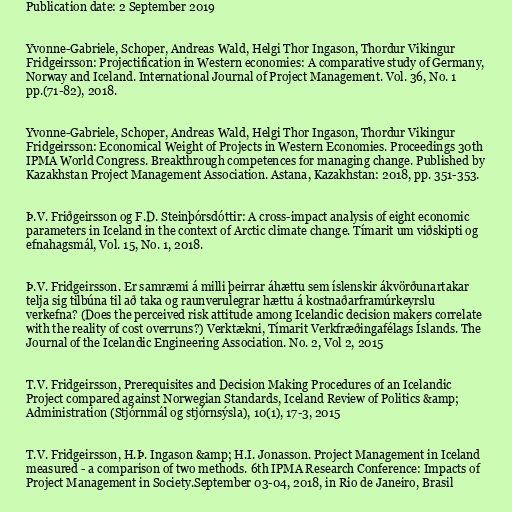
Publication date: 2 September 2019

Yvonne-Gabriele, Schoper, Andreas Wald, Helgi Thor Ingason, Thordur Vikingur
Fridgeirsson: Projectification in Western economies: A comparative study of Germany,
Norway and Iceland. International Journal of Project Management. Vol. 36, No. 1
pp.(71-82), 2018.

Yvonne-Gabriele, Schoper, Andreas Wald, Helgi Thor Ingason, Thordur Vikingur
Fridgeirsson: Economical Weight of Projects in Western Economies. Proceedings 30th
IPMA World Congress. Breakthrough competences for managing change. Published by
Kazakhstan Project Management Association. Astana, Kazakhstan: 2018, pp. 351-353.

Þ.V. Friðgeirsson og F.D. Steinþórsdóttir: A cross-impact analysis of eight economic
parameters in Iceland in the context of Arctic climate change. Tímarit um viðskipti og
efnahagsmál, Vol. 15, No. 1, 2018.

Þ.V. Fridgeirsson. Er samræmi á milli þeirrar áhættu sem íslenskir ákvörðunartakar
telja sig tilbúna til að taka og raunverulegrar hættu á kostnaðarframúrkeyrslu
verkefna? (Does the perceived risk attitude among Icelandic decision makers correlate
with the reality of cost overruns?) Verktækni, Tímarit Verkfræðingafélags Íslands. The
Journal of the Icelandic Engineering Association. No. 2, Vol 2, 2015

T.V. Fridgeirsson, Prerequisites and Decision Making Procedures of an Icelandic
Project compared against Norwegian Standards, Iceland Review of Politics &amp;
Administration (Stjórnmál og stjórnsýsla), 10(1), 17-3, 2015

T.V. Fridgeirsson, H.Þ. Ingason &amp; H.I. Jonasson. Project Management in Iceland
measured - a comparison of two methods. 6th IPMA Research Conference: Impacts of
Project Management in Society.September 03-04, 2018, in Rio de Janeiro, Brasil